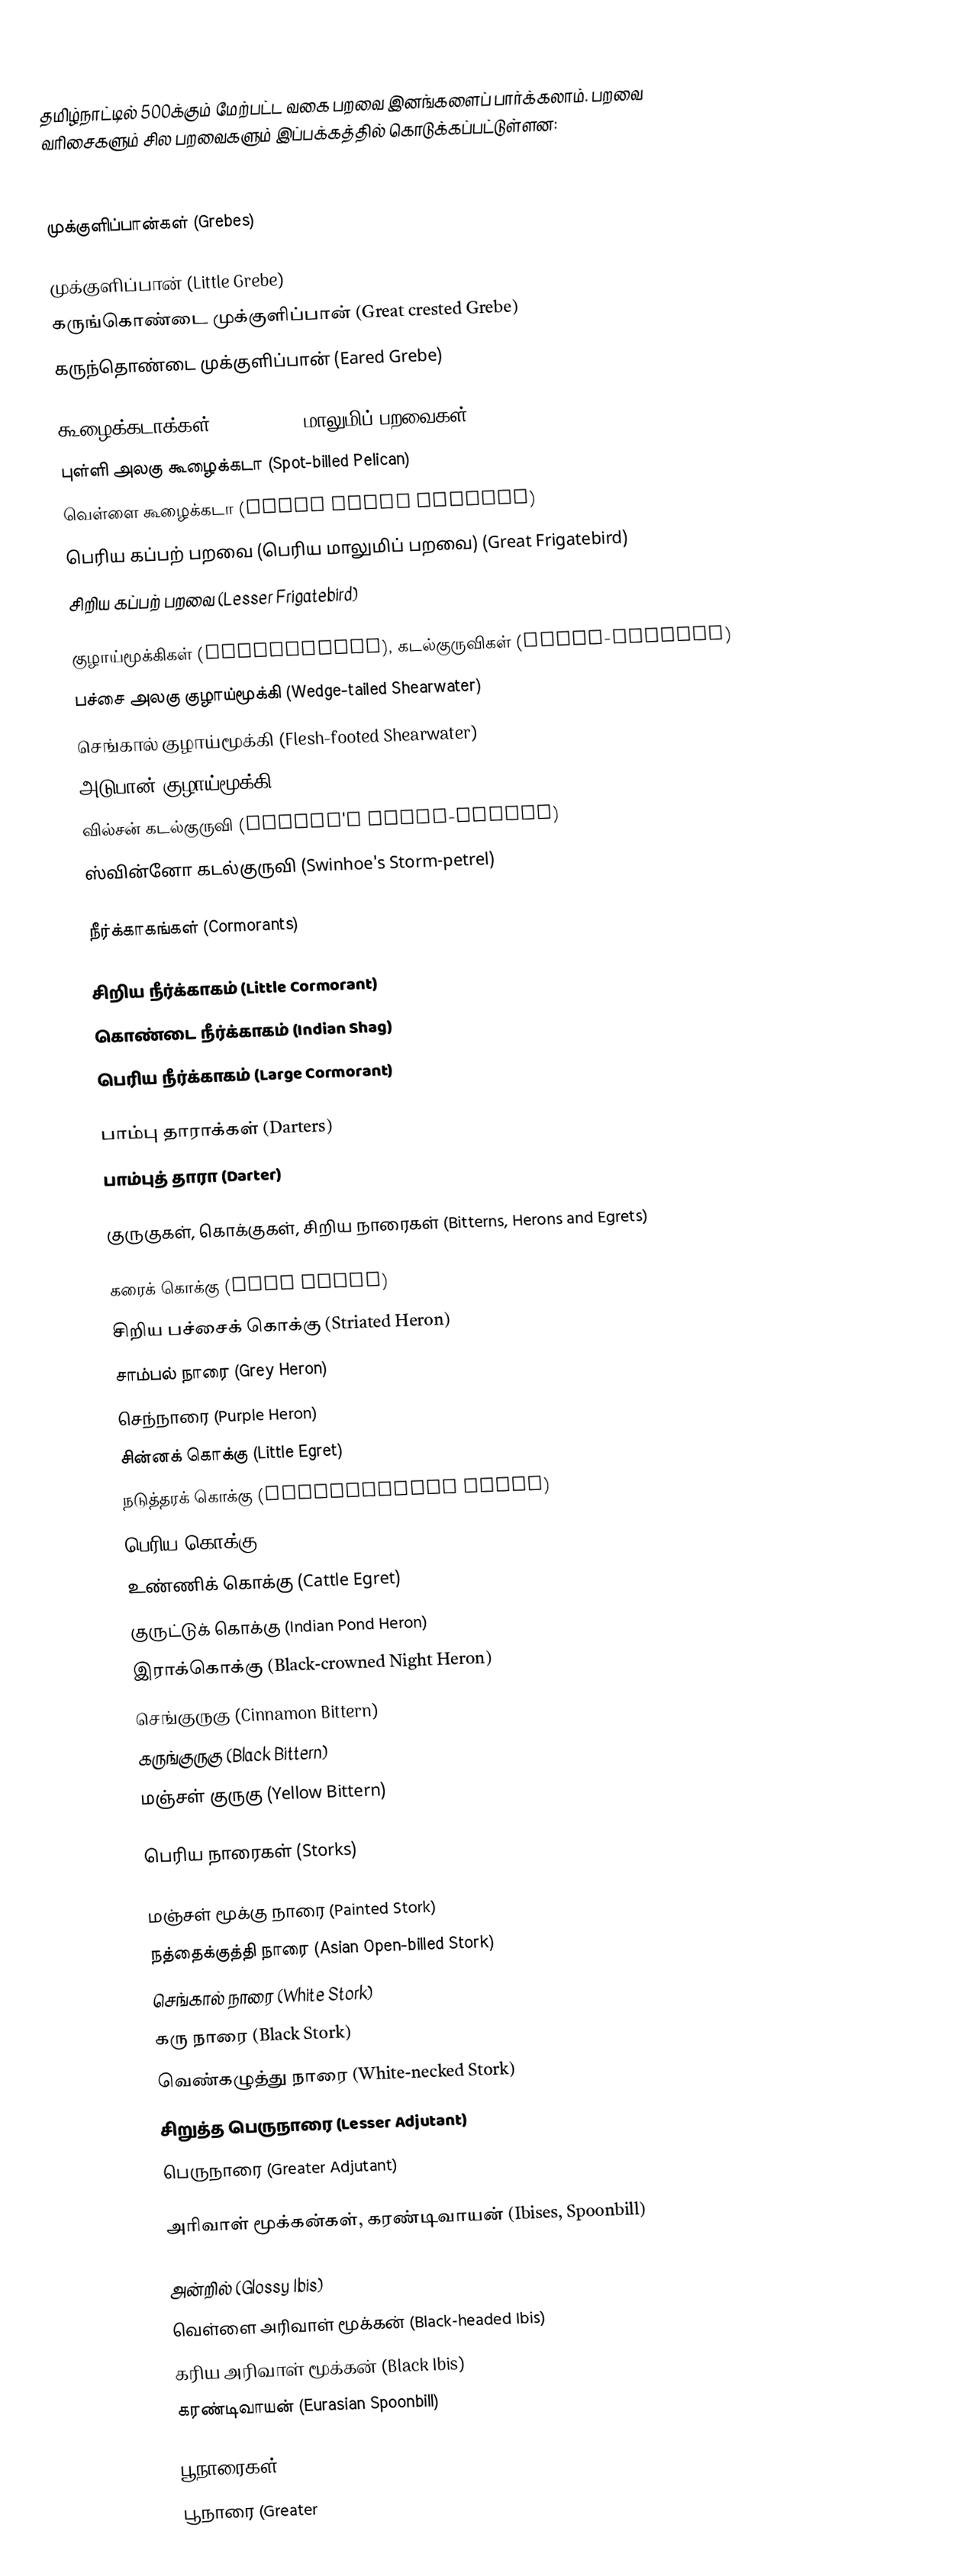
தமிழ்நாட்டில் 500க்கும் மேற்பட்ட வகை பறவை இனங்களைப் பார்க்கலாம். பறவை வரிசைகளும் சில பறவைகளும் இப்பக்கத்தில் கொடுக்கப்பட்டுள்ளன:

முக்குளிப்பான்கள் (Grebes)

 முக்குளிப்பான் (Little Grebe)
கருங்கொண்டை முக்குளிப்பான் (Great crested Grebe)
கருந்தொண்டை முக்குளிப்பான் (Eared Grebe)

கூழைக்கடாக்கள் (Pelicans), மாலுமிப் பறவைகள் (Frigatebirds)
 புள்ளி அலகு கூழைக்கடா (Spot-billed Pelican)
 வெள்ளை கூழைக்கடா (Great White Pelican)
 பெரிய கப்பற் பறவை (பெரிய மாலுமிப் பறவை) (Great Frigatebird)
 சிறிய கப்பற் பறவை (Lesser Frigatebird)

குழாய்மூக்கிகள் (Shearwaters), கடல்குருவிகள் (Storm-petrels)
 பச்சை அலகு குழாய்மூக்கி (Wedge-tailed Shearwater)
 செங்கால் குழாய்மூக்கி (Flesh-footed Shearwater)
 அடுபான் குழாய்மூக்கி (Audubon's Shearwater)
 வில்சன் கடல்குருவி (Wilson's Storm-petrel)
 ஸ்வின்னோ கடல்குருவி (Swinhoe's Storm-petrel)

நீர்க்காகங்கள்  (Cormorants)

 சிறிய நீர்க்காகம் (Little Cormorant)
 கொண்டை நீர்க்காகம் (Indian Shag)
 பெரிய நீர்க்காகம் (Large Cormorant)

பாம்பு தாராக்கள் (Darters)
 பாம்புத் தாரா (Darter)

குருகுகள், கொக்குகள், சிறிய நாரைகள் (Bitterns, Herons and Egrets)

கரைக் கொக்கு (Reef Heron)
சிறிய பச்சைக் கொக்கு (Striated Heron)
 சாம்பல் நாரை (Grey Heron)
 செந்நாரை (Purple Heron)
சின்னக் கொக்கு (Little Egret)
நடுத்தரக் கொக்கு (Intermediate Egret)
பெரிய கொக்கு (Great Egret)
 உண்ணிக் கொக்கு (Cattle Egret)
 குருட்டுக் கொக்கு (Indian Pond Heron)
 இராக்கொக்கு (Black-crowned Night Heron)
 செங்குருகு (Cinnamon Bittern)
 கருங்குருகு (Black Bittern)
 மஞ்சள் குருகு (Yellow Bittern)

பெரிய நாரைகள் (Storks)

 மஞ்சள் மூக்கு நாரை (Painted Stork)
 நத்தைக்குத்தி நாரை (Asian Open-billed Stork)
 செங்கால் நாரை (White Stork)
 கரு நாரை (Black Stork)
 வெண்கழுத்து நாரை (White-necked Stork)
 சிறுத்த பெருநாரை (Lesser Adjutant)
 பெருநாரை (Greater Adjutant)

அரிவாள் மூக்கன்கள், கரண்டிவாயன் (Ibises, Spoonbill)

 அன்றில் (Glossy Ibis)
 வெள்ளை அரிவாள் மூக்கன்  (Black-headed Ibis)
 கரிய அரிவாள் மூக்கன் (Black Ibis)
 கரண்டிவாயன் (Eurasian Spoonbill)

பூநாரைகள் (Flamingos)
 பூநாரை (Greater